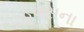
હવસના